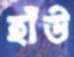
হাঁউ